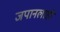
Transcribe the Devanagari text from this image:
जपानलाही